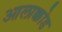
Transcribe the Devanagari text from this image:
आलाक्कोड